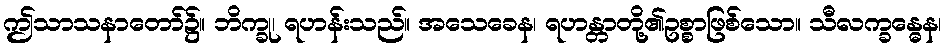
ဤသာသနာတော်၌။ ဘိက္ခု၊ ရဟန်းသည်။ အသေခေန၊ ရဟန္တာတို့၏ဥစ္စာဖြစ်သော။ သီလက္ခန္ဓေန၊